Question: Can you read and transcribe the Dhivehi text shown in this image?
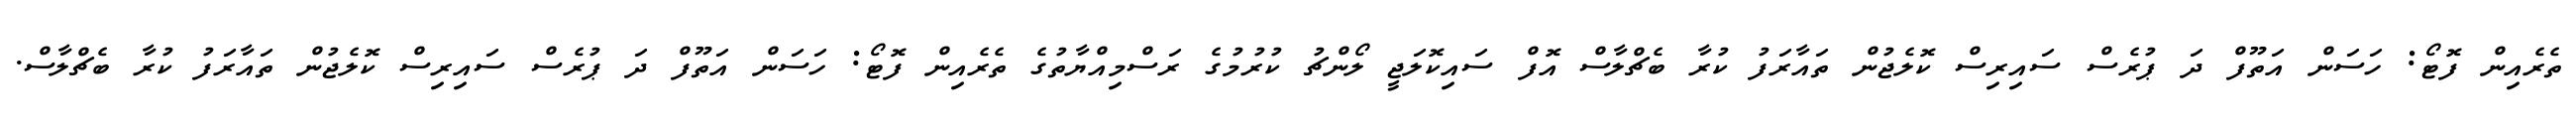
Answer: ތެރެއިން ފޮޓޯ: ހަސަން އަތޫފް ދަ ޕުރެސް ސައިރިސް ކޮލެޖުން ތައާރަފު ކުރާ ބެޗްލާސް އޮފް ސައިކޮލަޖީ ލޯންޗު ކުރުމުގެ ރަސްމިއްޔާތުގެ ތެރެއިން ފޮޓޯ: ހަސަން އަތޫފް ދަ ޕުރެސް ސައިރިސް ކޮލެޖުން ތައާރަފު ކުރާ ބެޗްލާސް.